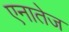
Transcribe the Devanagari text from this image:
एनातेज